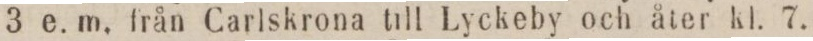
3 e. m. från Carlskrona till Lyckeby och åter kl. 7.